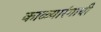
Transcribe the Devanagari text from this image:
काळ्यारंगाची